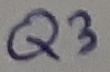
Text: Q3